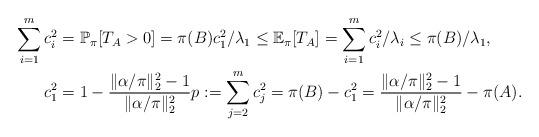
LaTeX: \begin{align*}\sum_{i=1}^{m} c_i^2 & =\mathbb{P}_{\pi}[T_A>0]=\pi(B) c_1^2/\lambda_1 \le \mathbb{E}_{\pi}[T_A]=\sum_{i=1}^{m} c_i^2/\lambda_i \le \pi(B)/\lambda_1,\\ c_1^2 &=1-\frac{\|\alpha/\pi \|_2^2-1}{\|\alpha/\pi \|_2^2} p:=\sum_{j=2}^m c_j^2=\pi(B)-c_1^2= \frac{\|\alpha/\pi \|_2^2-1}{\|\alpha/\pi \|_2^2}-\pi(A).\end{align*}